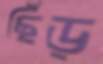
ছিঁড়